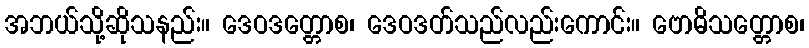
အဘယ်သို့ဆိုသနည်း။ ဒေဝဒတ္တောစ၊ ဒေဝဒတ်သည်လည်းကောင်း။ ဗောဓိသတ္တောစ၊